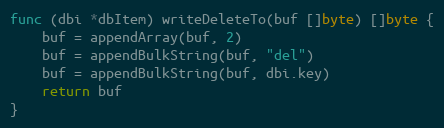
Language: Go
func (dbi *dbItem) writeDeleteTo(buf []byte) []byte {
	buf = appendArray(buf, 2)
	buf = appendBulkString(buf, "del")
	buf = appendBulkString(buf, dbi.key)
	return buf
}